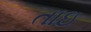
તાઇ